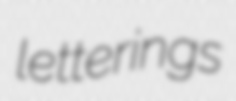
letterings